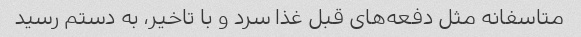
متاسفانه مثل دفعه‌های قبل غذا سرد و با تاخیر، به دستم رسید